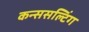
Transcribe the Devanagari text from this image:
कन्ससल्टिंग